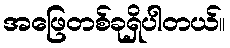
အဖြေတစ်ခုရှိပါတယ်။